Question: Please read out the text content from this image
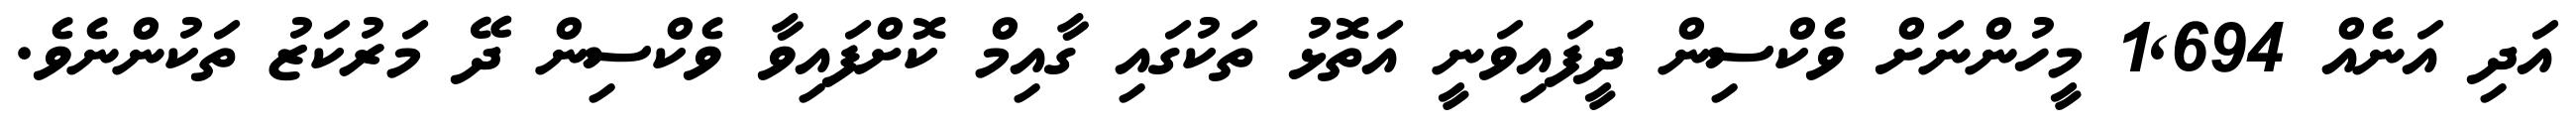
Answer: އަދި އަނެއް 1,694 މީހުންނަށް ވެކްސިން ދީފައިވަނީ އަތޮޅު ތަކުގައި ގާއިމް ކޮށްފައިވާ ވެކްސިން ދޭ މަރުކަޒު ތަކުންނެވެ.